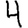
Digit: 4